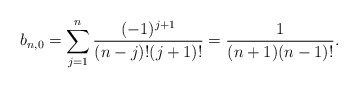
\begin{align*} b_{n,0}=\sum_{j=1}^n\frac{(-1)^{j+1}}{(n-j)!(j+1)!}=\frac{1}{(n+1)(n-1)!}.\end{align*}